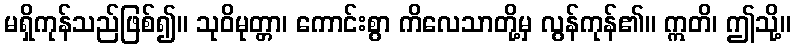
မရှိကုန်သည်ဖြစ်၍။ သုဝိမုတ္တာ၊ ကောင်းစွာ ကိလေသာတို့မှ လွန်ကုန်၏။ ဣတိ၊ ဤသို့။